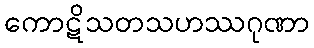
ကောဋိသတသဟဿဂုဏာ